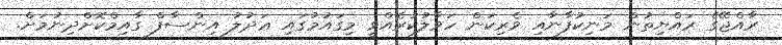
ރާއްޖޭގެ ރައްޔިތުން މަނިކުފާނާއި ވެރިކަން ހަވާލުކުރެއްވީ މިގައުމުގައި ޢަދުލު އިންސާފް ގާއިމްކޮށްދިނުމަށް.